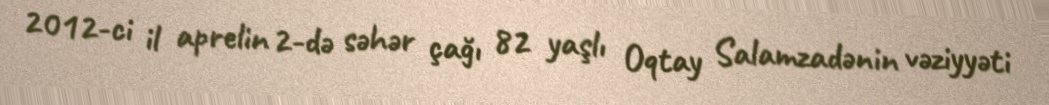
2012-ci il aprelin 2-də səhər çağı 82 yaşlı Oqtay Salamzadənin vəziyyəti